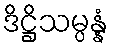
ဒိဋ္ဌိသမ္ပန္နံ